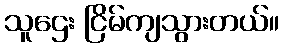
သူဌေး ငြိမ်ကျသွားတယ်။